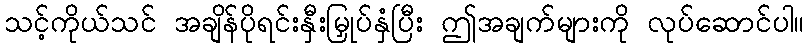
သင့်ကိုယ်သင် အချိန်ပိုရင်းနှီးမြှုပ်နှံပြီး ဤအချက်များကို လုပ်ဆောင်ပါ။